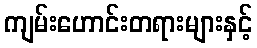
ကျမ်းဟောင်းတရားများနှင့်